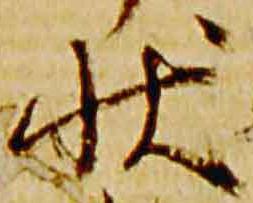
状